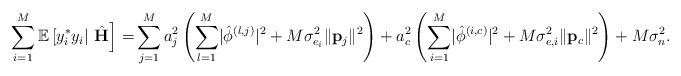
\begin{align*} \sum_{i=1}^M\mathbb{E}\left[y_i^*y_i|\right.\left.\hat{\mathbf{H}}\right] =&\sum_{j=1}^{M}a_j^2\left(\sum_{l=1}^M\lvert\hat{\phi}^{\left(l,j\right)}\rvert^2+M\sigma_{e_i}^2\lVert\mathbf{p}_j\rVert^2\right)+a_c^2\left(\sum_{i=1}^M\lvert\hat{\phi}^{\left(i,c\right)}\rvert^2+M\sigma_{e,i}^2\lVert\mathbf{p}_c\rVert^2\right)+M\sigma_n^2. \end{align*}